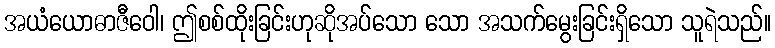
အယံယောဓာဇီဝေါ၊ ဤစစ်ထိုးခြင်းဟုဆိုအပ်သော သော အသက်မွေးခြင်းရှိသော သူရဲသည်။